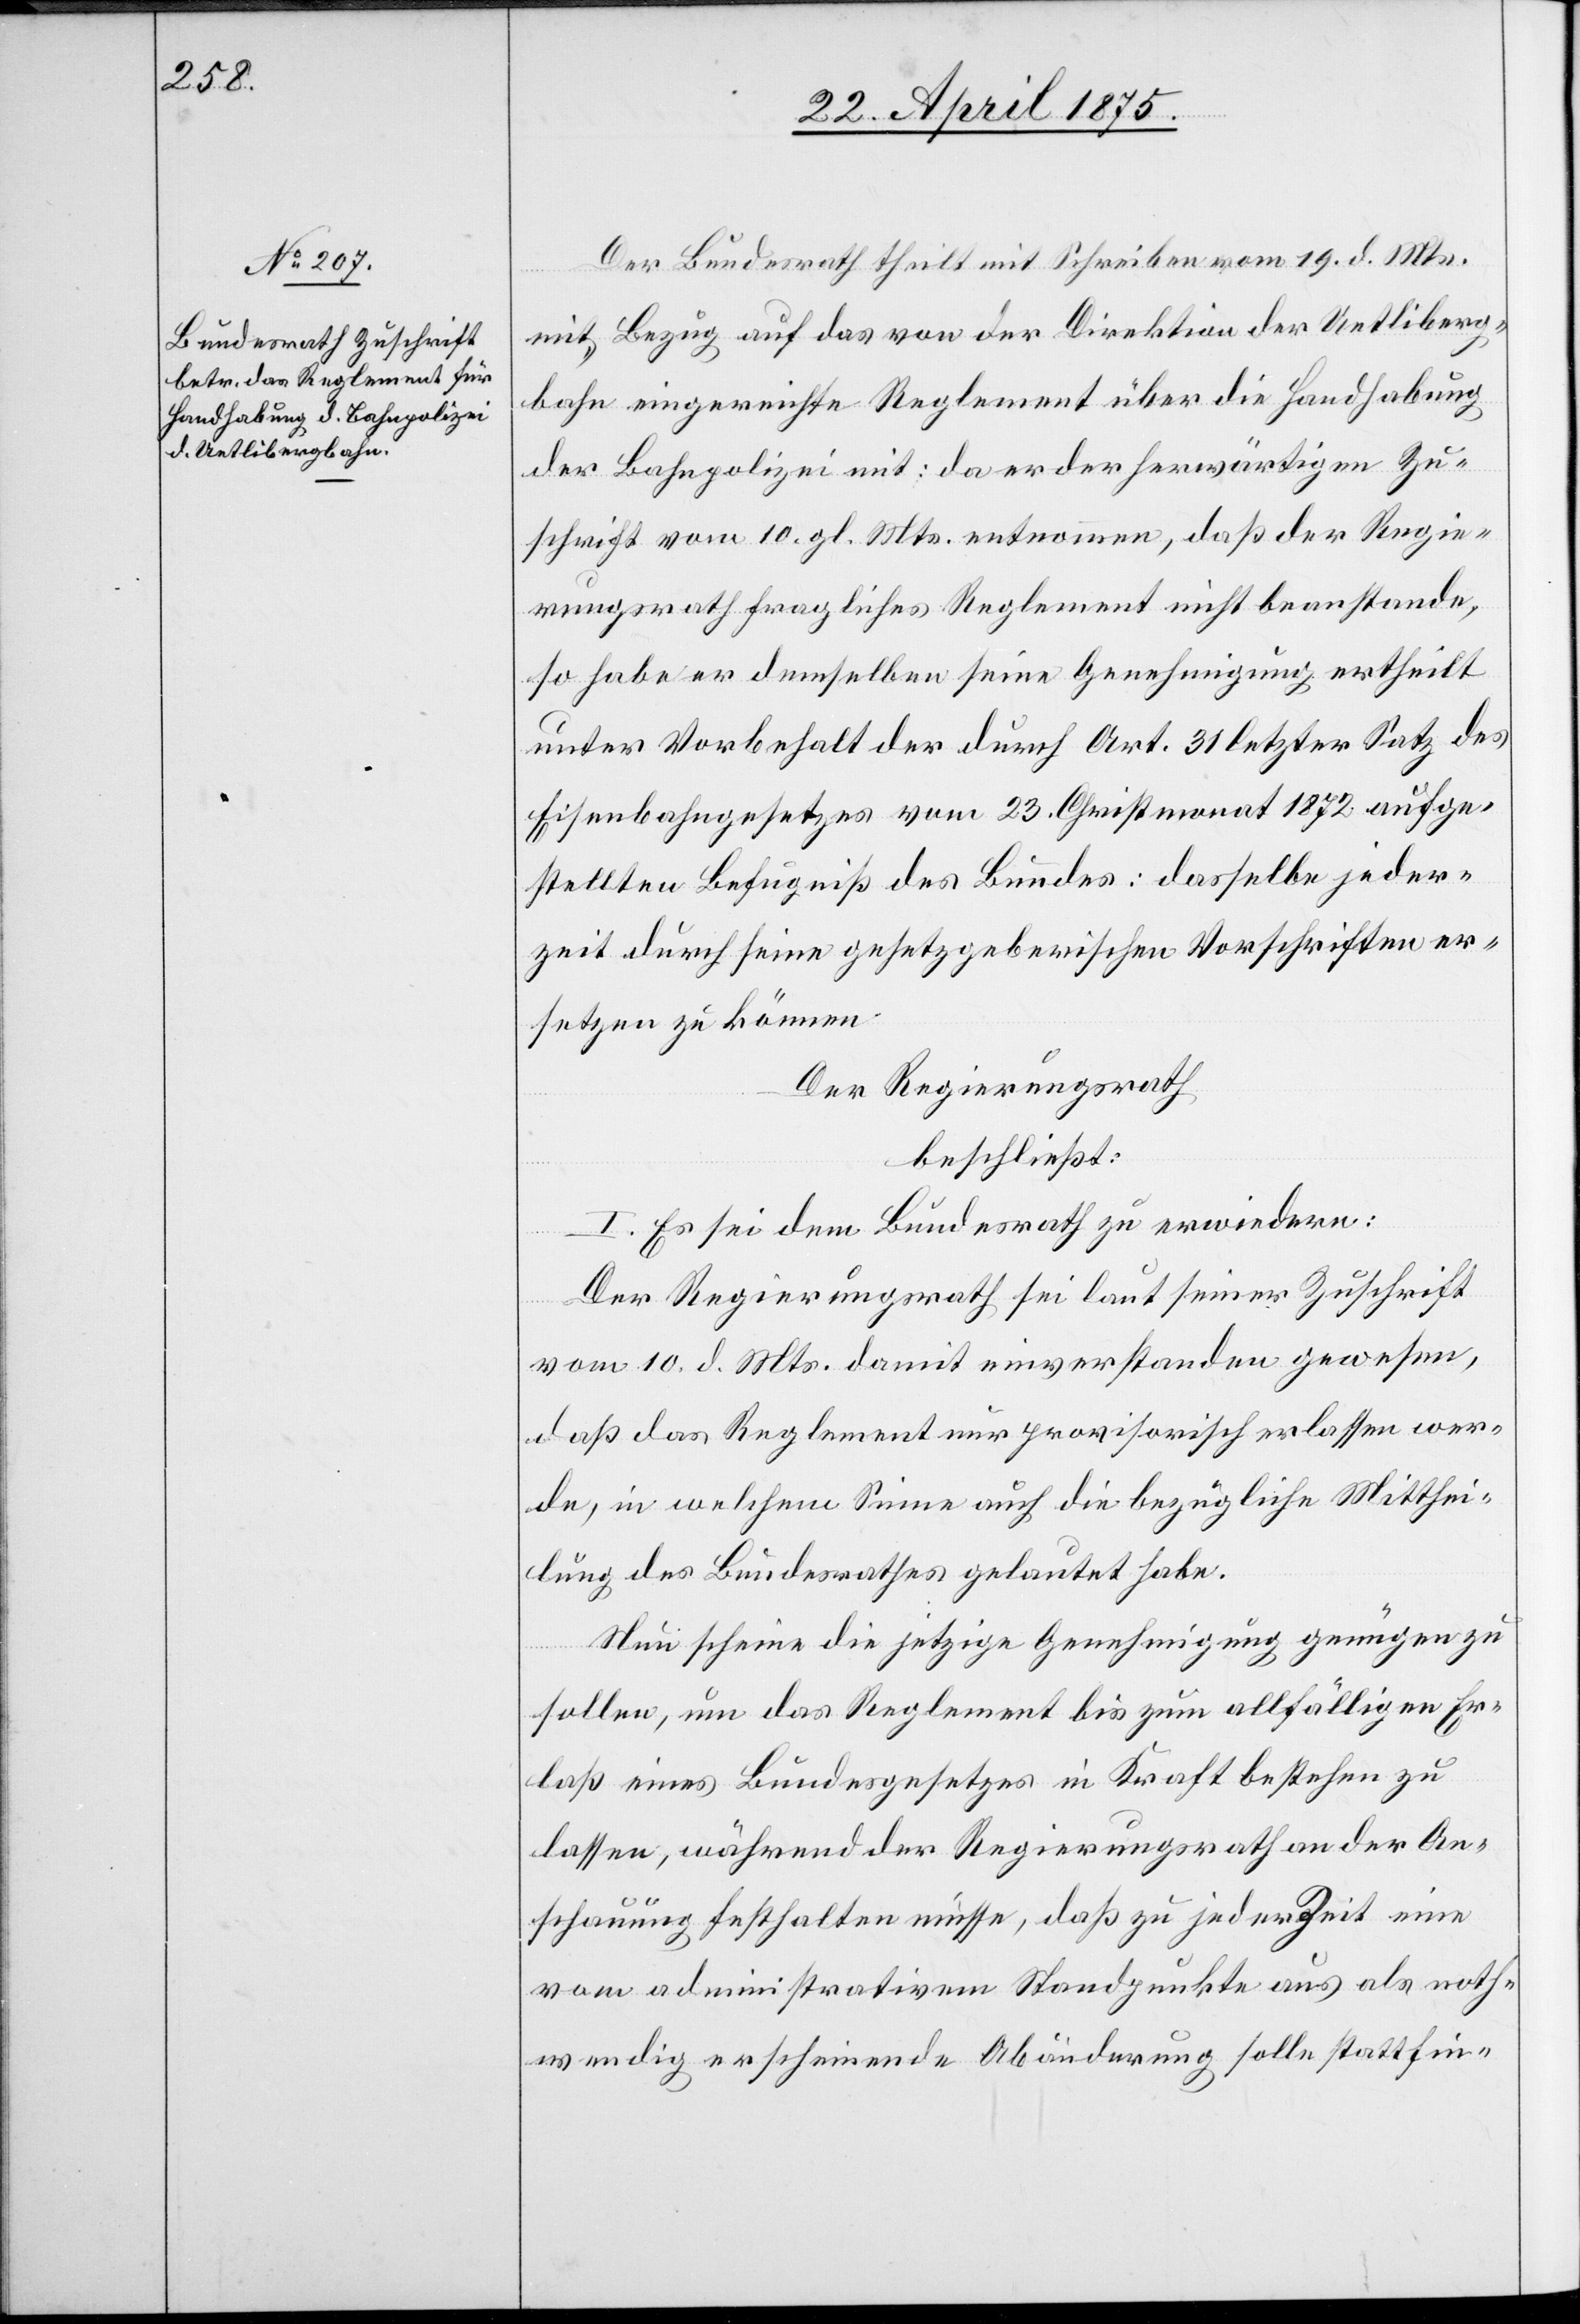
Der Bundesrath theilt mit Schreiben vom 19. d. Mts.
mit Bezug auf das von der Direktion der Uetliberg¬
bahn eingereichte Reglement über die Handhabung
der Bahnpolizei mit: da er der herwärtigen Zu¬
schrift vom 10. gl. Mts. entnommen, daß der Regie¬
rungsrath fragliches Reglement nicht beanstande,
so habe er demselben seine Genehmigung ertheilt
unter Vorbehalt der durch Art. 31 letzter Satz des
Eisenbahngesetzes vom 23. Christmonat 1872 aufge¬
stellten Befugnisse des Bundes: dasselbe jeder¬
zeit durch seine gesetzgeberische Vorschriften er¬
setzen zu können.
Der Regierungsrath
beschließt:
I. Es sei dem Bundesrath zu erwiedern:
Der Regierungsrath sei laut seiner Zuschrift
vom 10. d. Mts. damit einverstanden gewesen,
daß das Reglement nur provisorisch erlassen wer¬
de, in welchem Sinne auch die bezügliche Mitthei¬
lung des Bundesrathes gelautet habe.
Neu scheine die jetzige Genehmigung genügen zu
sollen, um das Reglement bis zum allfällige Er¬
laß eines Bundesgesetzes in Kraft bestehen zu
lassen, während der Regierungsrath an der An¬
schauung festhalten müsse, daß zu jeder Zeit eine
vom administrativen Standpunkte aus als noth¬
wendig erscheinende Abänderung solle stattfin-